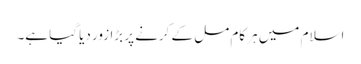
اسلام میں ہر کام مل کے کرنے پر بڑا زور دیا گیا ہے۔